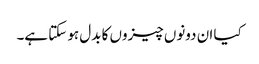
کیا ان دونوں چیزوں کا بدل ہو سکتا ہے۔